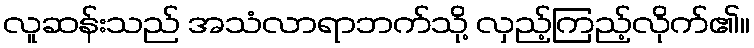
လူဆန်းသည် အသံလာရာဘက်သို့ လှည့်ကြည့်လိုက်၏။